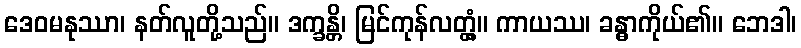
ဒေဝမနုဿာ၊ နတ်လူတို့သည်။ ဒက္ခန္တိ၊ မြင်ကုန်လတ္တံ့။ ကာယဿ၊ ခန္ဓာကိုယ်၏။ ဘေဒါ၊